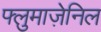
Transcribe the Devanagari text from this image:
फ्लुमाज़ेनिल